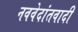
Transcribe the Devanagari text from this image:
नववेदांतवादी